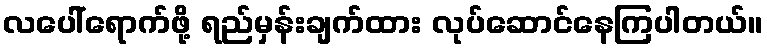
လပေါ်ရောက်ဖို့ ရည်မှန်းချက်ထား လုပ်ဆောင်နေကြပါတယ်။